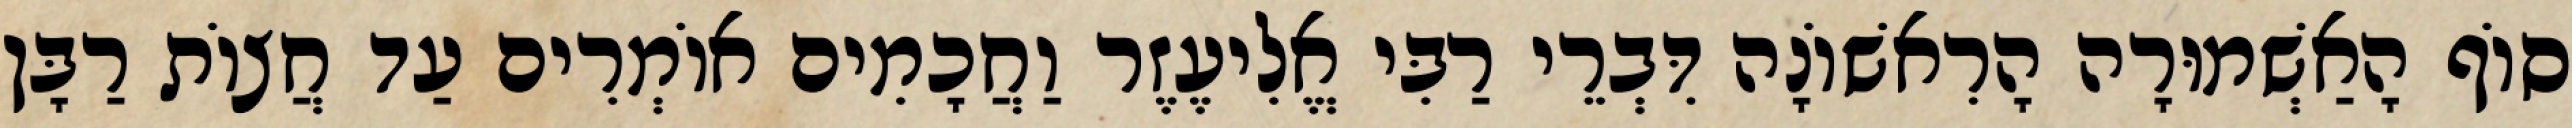
סוֹף הָאַשְׁמוּרָה הָרִאשׁוֹנָה דִּבְרֵי רַבִּי אֱלִיעֶזֶר וַחֲכָמִים אוֹמְרִים עַד חֲצוֹת רַבָּן